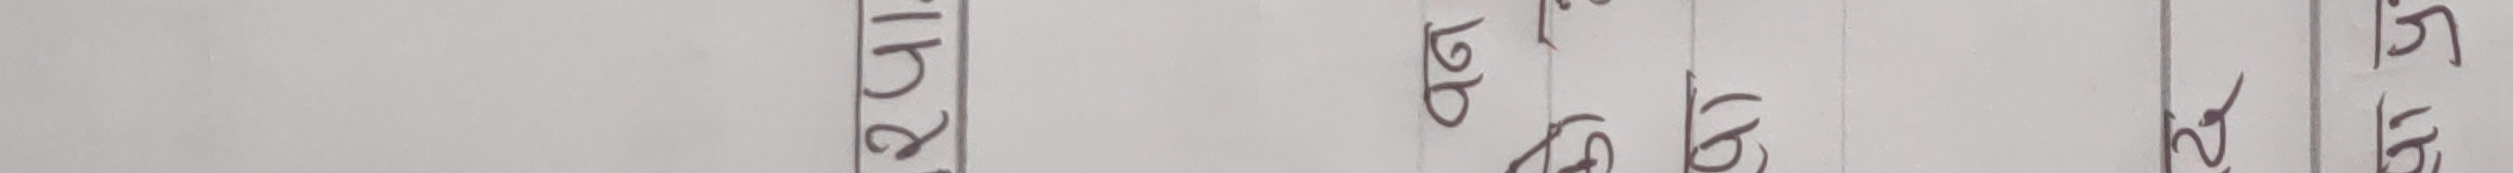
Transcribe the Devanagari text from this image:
२५१
दग
गोप्य
जोड़
डिग्रि